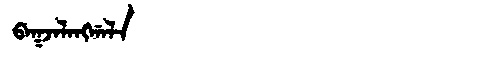
Manchu: ᠪᠠᡴᠵᠠᠯᠠᠩᡤᠠᠯᠠ
Romanization: BAKJALANGGALA